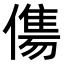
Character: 𬿶